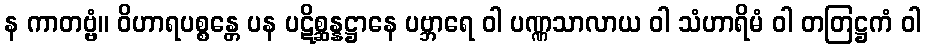
န ကာတဗ္ဗံ။ ဝိဟာရပစ္စန္တေ ပန ပဋိစ္ဆန္နဋ္ဌာနေ ပဗ္ဘာရေ ဝါ ပဏ္ဏသာလာယ ဝါ သံဟာရိမံ ဝါ တတြဋ္ဌကံ ဝါ